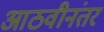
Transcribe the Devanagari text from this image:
आठवीनंतर